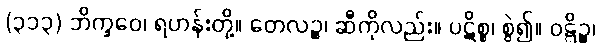
(၃၁၃) ဘိက္ခဝေ၊ ရဟန်းတို့။ တေလဉ္စ၊ ဆီကိုလည်း။ ပဋိစ္စ၊ စွဲ၍။ ဝဋ္ဋိဉ္စ၊